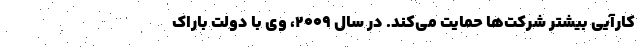
کارآیی بیشتر شرکت‌ها حمایت می‌کند. در سال ۲۰۰۹، وی با دولت باراک